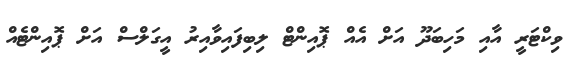
ވިކްޓަރީ އާއި މަހިބަދޫ އަށް އެއް ޕޮއިންޓް ލިބިފައިވާއިރު އީގަލްސް އަށް ޕޮއިންޓެއް